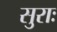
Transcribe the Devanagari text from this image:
सुराः